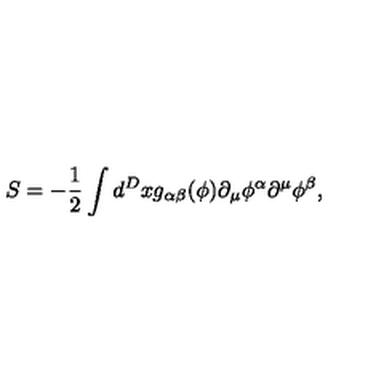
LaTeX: S = - \frac 1 2 \int d ^ { D } x g _ { \alpha \beta } ( \phi ) \partial _ { \mu } \phi ^ { \alpha } \partial ^ { \mu } \phi ^ { \beta } ,